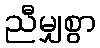
ညီမျှစွာ